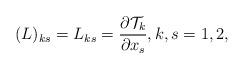
LaTeX: \begin{align*} (L)_{ks}= L_{ks}= \frac{\partial {\cal {T}}_k}{\partial x_s}, k,s=1,2,\end{align*}